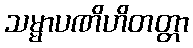
သမ္မာပဏိဟိတတ္တာ